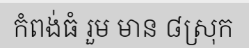
កំពង់ធំ រួម មាន ៨ស្រុក